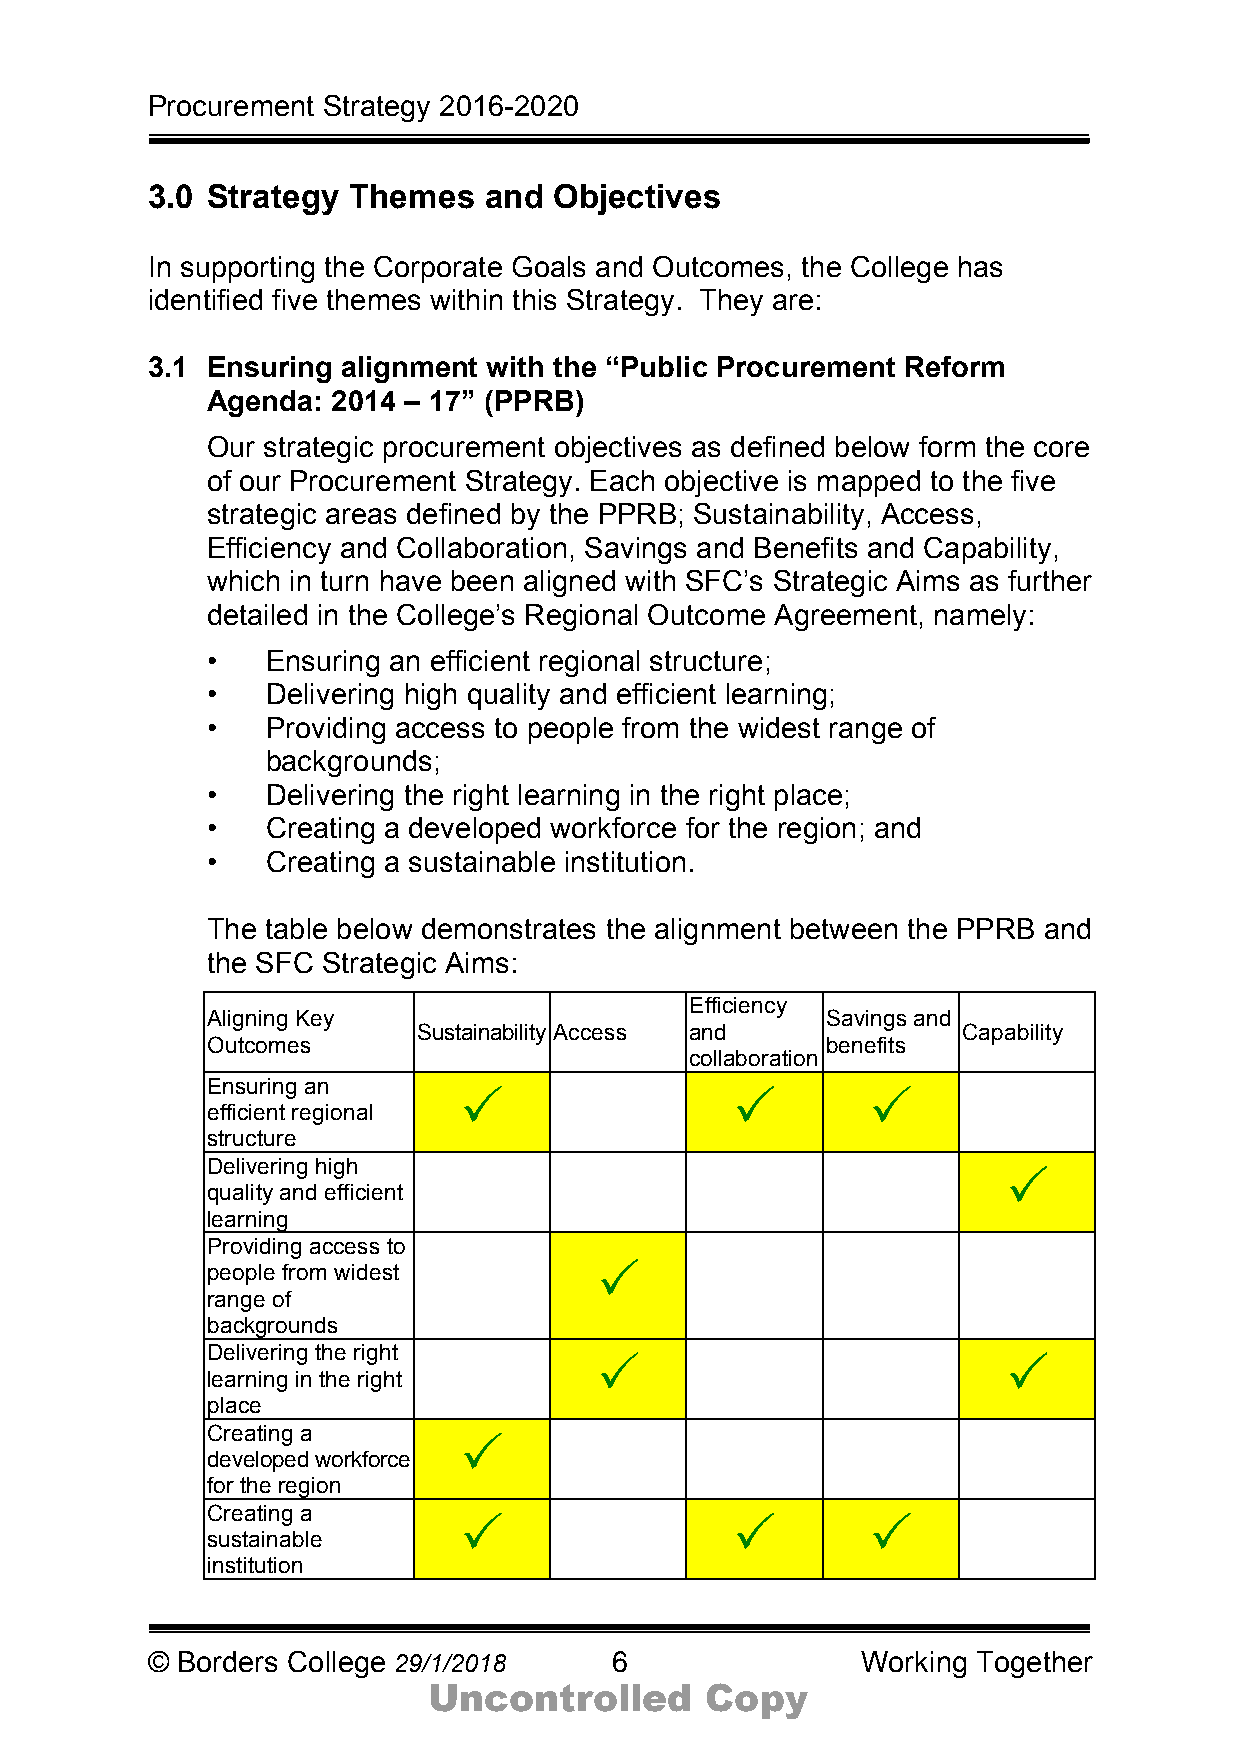
Procurement Strategy 2016-2020
 3.0 Strategy Themes   and  Objectives
 In supporting the Corporate Goals and Outcomes, the College has
 identified five themes within this Strategy. They are:
 3.1 Ensuring alignment with the “Public Procurement Reform
 Agenda: 2014 – 17” (PPRB)
 Our strategic procurement objectives as defined below form the core
 of our Procurement Strategy. Each objective is mapped to the five
 strategic areas defined by the PPRB; Sustainability, Access,
 Efficiency and Collaboration, Savings and Benefits and Capability,
 which in turn have been aligned with SFC’s Strategic Aims as further
 detailed in the College’s Regional Outcome Agreement, namely:
 •   Ensuring an efficient regional structure;
 •   Delivering high quality and efficient learning;
 •   Providing access to people from the widest range of
 backgrounds;
 •   Delivering the right learning in the right place;
 •   Creating a developed workforce for the region; and
 •   Creating a sustainable institution.
 The table below demonstrates the alignment between the PPRB and
 the SFC Strategic Aims:
 Efficiency
 Aligning Key                             Savings and
 Sustainability Access and           Capability
 Outcomes                                 benefits
 collaboration
 Ensuring an
 P                 P        P
 efficient regional
 structure
 Delivering high
 P
 quality and efficient
 learning
 Providing access to
 people from widest       P
 range of
 backgrounds
 Delivering the right
 P                           P
 learning in the right
 place
 Creating a
 P
 developed workforce
 for the region
 Creating a
 P                 P        P
 sustainable
 institution
 © Borders College 29/1/2018    6               Working Together
 Uncontrolled       Copy